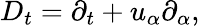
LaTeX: D_{t}=\partial_{t}+{u}_{\alpha}\partial_{\alpha},